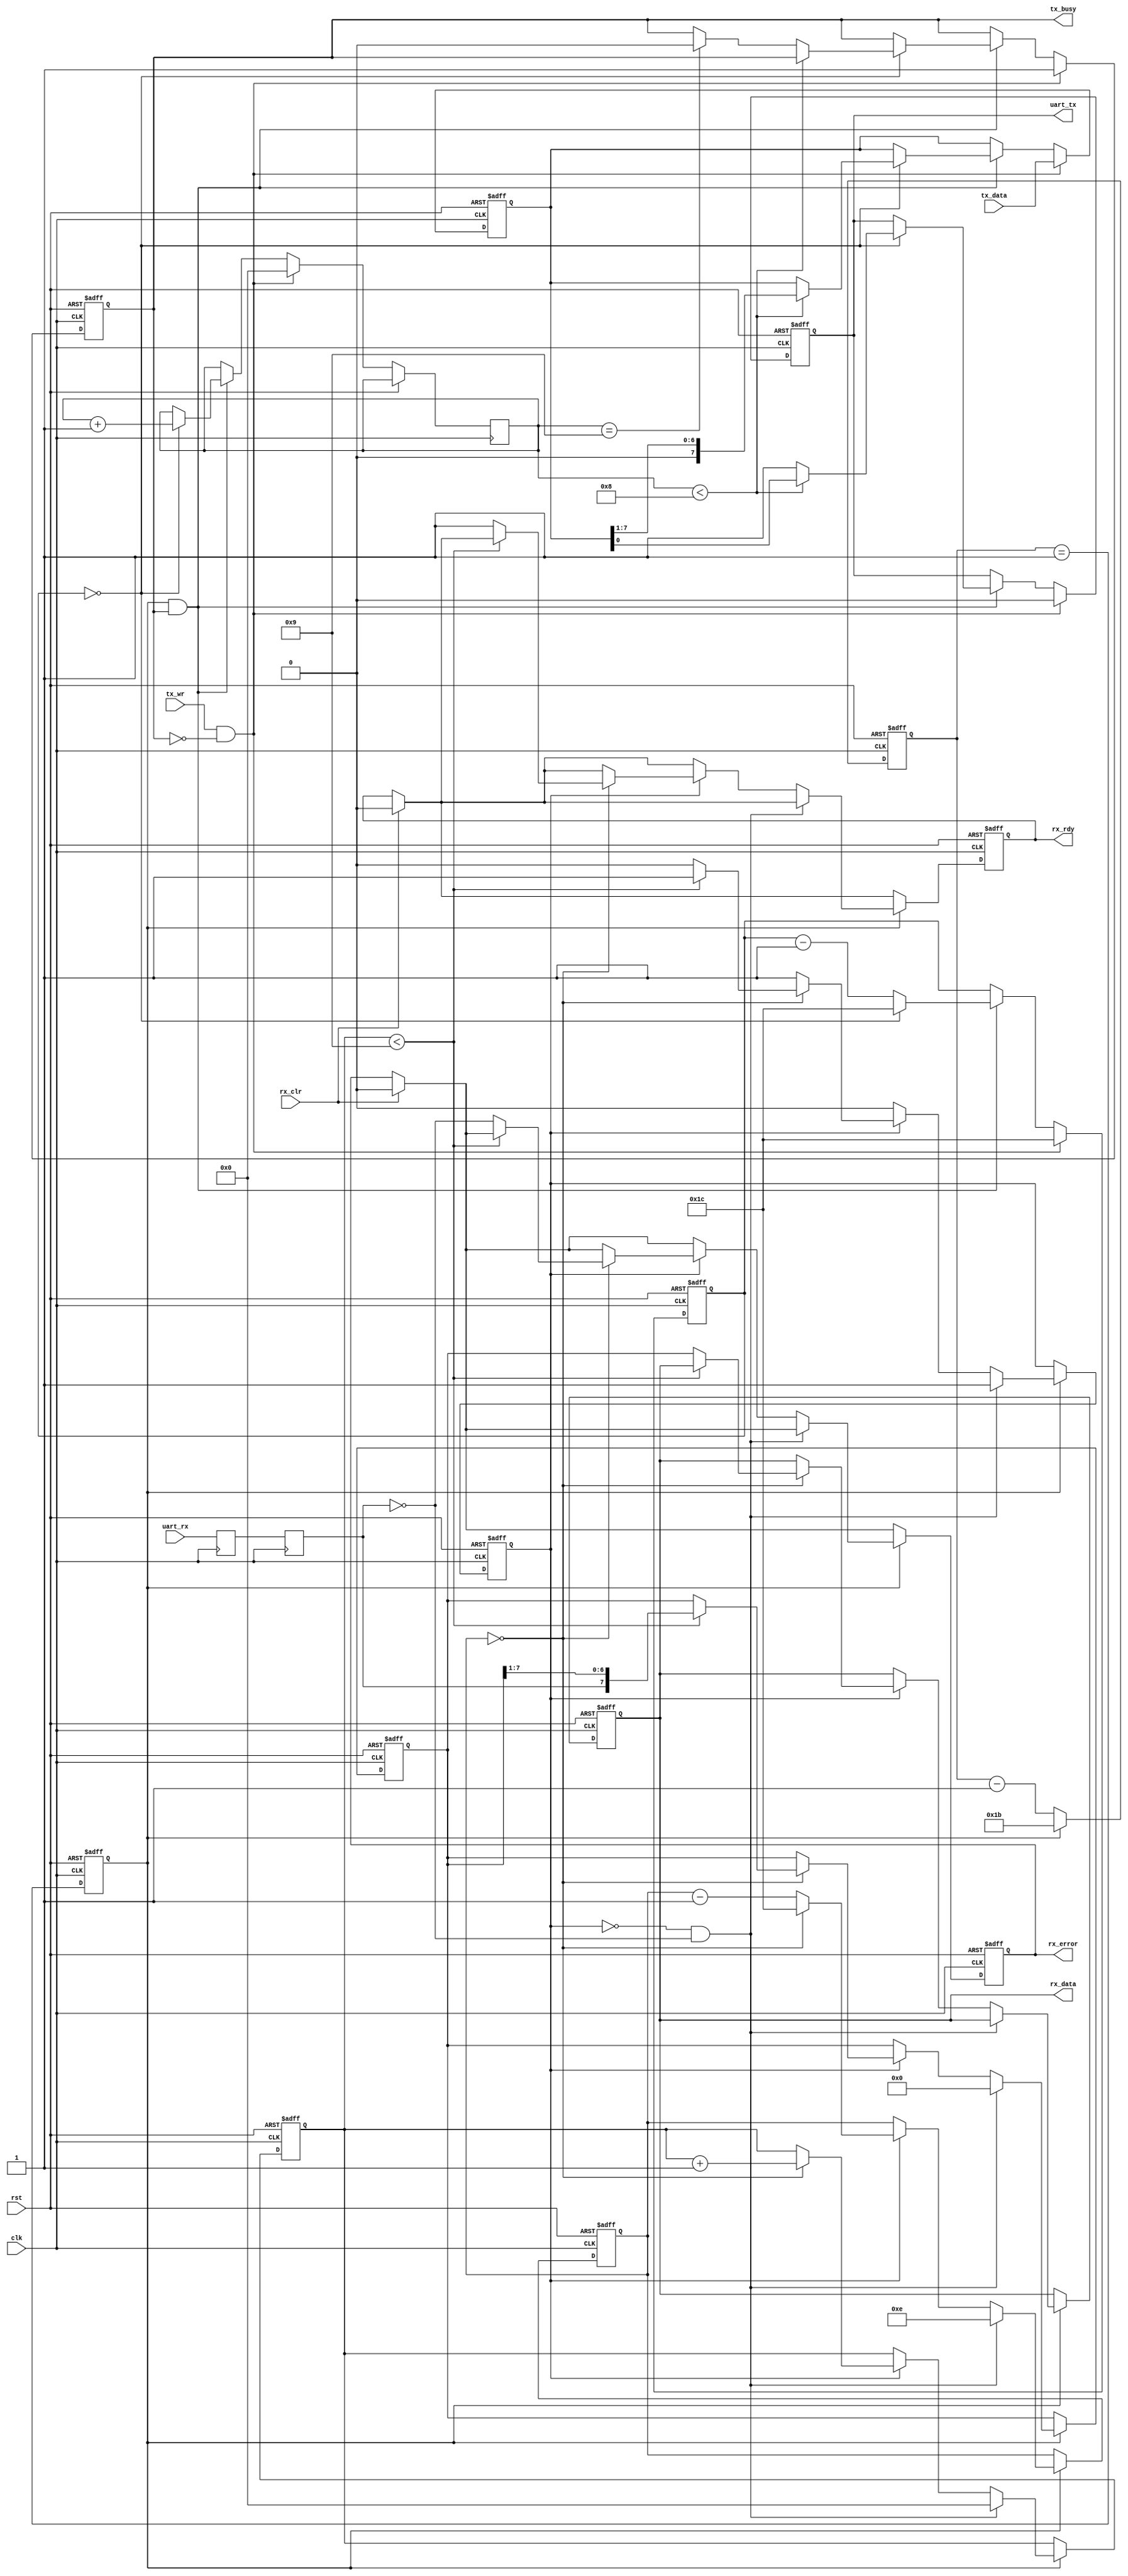
/*  This file is part of JTFRAME.
    JTFRAME program is free software: you can redistribute it and/or modify
    it under the terms of the GNU General Public License as published by
    the Free Software Foundation, either version 3 of the License, or
    (at your option) any later version.

    JTFRAME program is distributed in the hope that it will be useful,
    but WITHOUT ANY WARRANTY; without even the implied warranty of
    MERCHANTABILITY or FITNESS FOR A PARTICULAR PURPOSE.  See the
    GNU General Public License for more details.

    You should have received a copy of the GNU General Public License
    along with JTFRAME.  If not, see <http://www.gnu.org/licenses/>.

    Author: Jose Tejada Gomez. Twitter: @topapate
    Version: 1.0
    Date: 24-11-2021

*/

module jtframe_uart(
    input            rst,
    input            clk,
    // serial wires
    input            uart_rx,
    output reg       uart_tx, // serial signal to transmit. High when idle
    // Rx interface
    output reg [7:0] rx_data,
    output reg       rx_error,
    output reg       rx_rdy,
    input            rx_clr,    // clear the rx_rdy flag
    // Tx interface
    output reg       tx_busy,
    input      [7:0] tx_data,
    input            tx_wr      // write strobe
);

/* Division of the system clock
        For a 50MHz system clock use:
            CLK_DIVIDER = 28, UART_DIVIDER = 30 ->  57kbps, 0.01% timing error
            CLK_DIVIDER = 14, UART_DIVIDER = 30 -> 115kbps, 0.01% timing error
            CLK_DIVIDER =  7, UART_DIVIDER = 30 -> 230kbps, 0.01% timing error
    */
parameter [4:0] CLK_DIVIDER  = 28,
                UART_DIVIDER = CLK_DIVIDER; // number of divisions of the UART bit period

//-----------------------------------------------------------------
// zero generator... this is actually a 32-module counter
//-----------------------------------------------------------------
reg  [4:0] clk_cnt;
reg zero;

always @(posedge clk or posedge rst) begin : clock_divider
    if(rst) begin
        clk_cnt <= CLK_DIVIDER - 5'b1;
        zero    <= 1'b0;
    end else begin
        clk_cnt <= clk_cnt - 5'd1;
        zero <= clk_cnt==5'd1;
        if(zero)
            clk_cnt <= CLK_DIVIDER - 5'b1;  // reload the divider value
    end
end

//-----------------------------------------------------------------
// Synchronize uart_rx
//-----------------------------------------------------------------
reg uart_rx1;
reg uart_rx2;

always @(posedge clk) begin : synchronizer
    uart_rx1 <= uart_rx;
    uart_rx2 <= uart_rx1;
end

// Reception
reg rx_busy;
reg [4:0] rx_divcnt;
reg [3:0] rx_bitcnt;
reg [7:0] rx_reg;

always @(posedge clk or posedge rst) begin : rx_logic
    if(rst) begin
        rx_rdy    <= 0;     // output data is valid
        rx_busy   <= 0;
        rx_divcnt <= 0;
        rx_bitcnt <= 0;
        rx_data   <= 0;
        rx_reg    <= 0;
        rx_error  <= 0;
    end else begin
        if( rx_clr ) begin
            rx_rdy   <= 0;
            rx_error <= 0;
        end

        if( zero ) begin
            if(!rx_busy && !uart_rx2) begin // look for start bit
                rx_busy    <= 1;
                rx_divcnt  <= UART_DIVIDER>>1; // wait middle period
                rx_bitcnt  <= 0;
                rx_reg     <= 0;
            end else if( rx_busy ) begin
                rx_divcnt <= rx_divcnt==0 ? UART_DIVIDER : rx_divcnt - 1'b1;
                if( rx_divcnt==0 ) begin // sample
                    rx_bitcnt  <= rx_bitcnt + 4'd1;
                    if( rx_bitcnt<9 ) begin // stop bit
                        rx_reg <= {uart_rx2, rx_reg[7:1]}; // shift data in
                    end else begin
                        rx_busy  <= 0;
                        rx_rdy   <= 1;
                        rx_data  <= rx_reg;
                        rx_error <= !uart_rx2; // check stop bit
                    end
                end
            end
        end
    end
end

// Transmission
reg [3:0] tx_bitcnt;
reg [4:0] tx_divcnt;
reg [7:0] tx_reg;

always @(posedge clk or posedge rst) begin :tx_logic
    if(rst) begin
        tx_busy   <= 0;
        uart_tx   <= 1;
        tx_divcnt <= 0;
        tx_reg    <= 0;
    end else begin
        if( tx_wr && !tx_busy ) begin
            tx_reg    <= tx_data;
            tx_bitcnt <= 0;
            tx_divcnt <= UART_DIVIDER;
            tx_busy   <= 1;
            uart_tx   <= 0; // start bit
        end else if(zero && tx_busy) begin
            tx_divcnt <= tx_divcnt==0 ? UART_DIVIDER : tx_divcnt-1'd1;
            if( tx_divcnt==0 ) begin
                tx_bitcnt <= tx_bitcnt + 4'd1;
                if( tx_bitcnt < 8 ) begin
                    uart_tx <= tx_reg[0];
                    tx_reg  <= tx_reg>>1;
                end else begin
                    uart_tx <= 1; // 8 bits sent, now 1 or more stop bits
                    if(tx_bitcnt==9) tx_busy <= 0;
                end
            end
        end
    end
end

endmodule